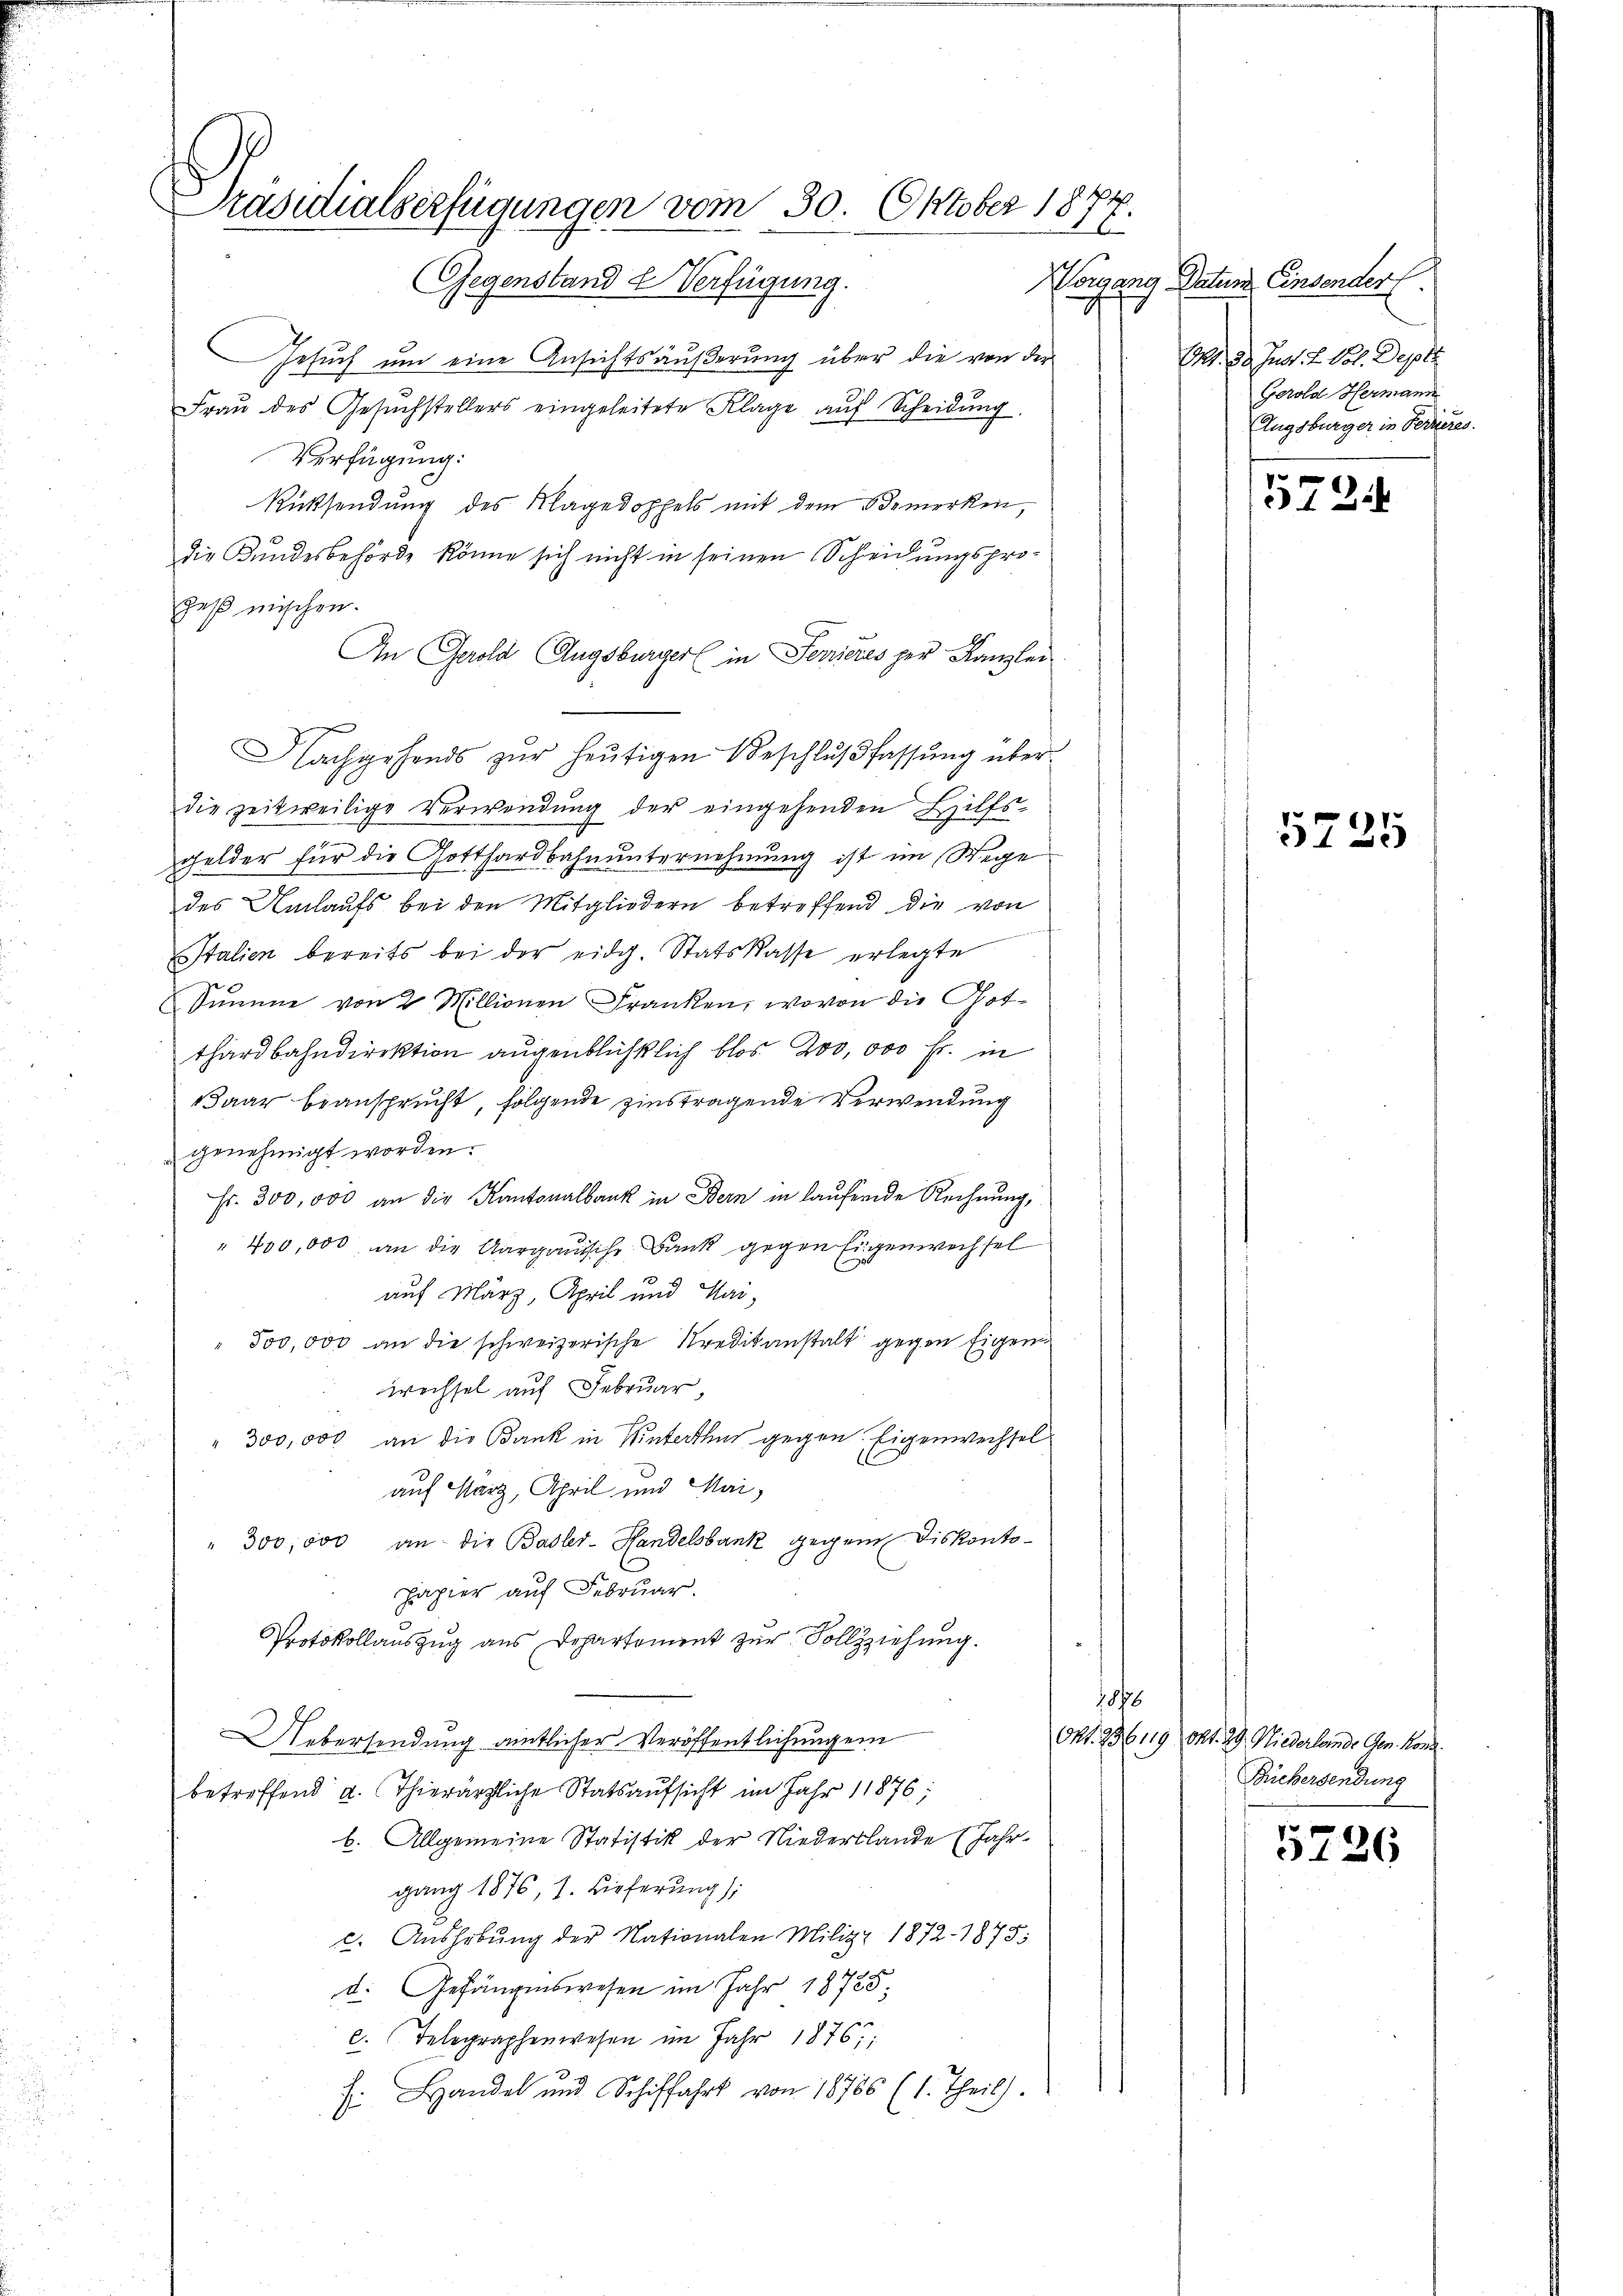
Präsidialserfügungen vom 30. Oktober 18
16
Gegenstand & Verfügung.

Gesuch um eine Ansichtsäußerung über die von der
Frau des Gesuchstellers eingeleitete Klage auf Scheidung
Verfügung:
Rücksendung des Klagedoppels mit dem Bemerken,
die Kundesbehörde könne sich nicht in seinen Scheidungsprogeß mischen.
An Gerold Augsburger in Ferieres per Kanzlei
Nachgehends zur heŭtigen Beschlŭβ fassung über-
die zeitweilige Verwendung der eingehenden Hilfs¬
Gelder für die Gotthardbahnunternehmung ist im Wege
des Umlaufs bei den Mitgliedern betreffend die von
Italien bereits bei der eidg. Statskasse erlegte
Summe von 2 Millionen Franken, wovon die Hotthardbahndirektion augenblichtlich blos 200,000 Fr. in
Baar beansprucht, folgende zinstragende Verwendung
genehmigt worden.
Fr. 300,000 an die Kantonalbank in Bern in laufende Rechnung,
" 400,000 an die Aargauische Bank gegen Eigenwechsel
auf März, April und Mar¬
500,000 an die schweizerische Kreditanstalt gegen Eigen
wechsel auf Februar
" 300,000 an die Bank in Winterthur gegen Eigenwechsel
auf Harz, April und Mai¬
" 300,000 an die Basler-Handelsbank gegen Diskontopapier auf Februar.
Protokollauszug aus Departement zur Vollziehung.
t
Uebersendung amtlicher Veröffentlichung ein
betreffend u. Thierärztliche Statsaufsicht im Jahr 11876;
b. Allgemeine Statistik der Niederblände (Jahr
gang 1876, 1. Lieferung),
c. Aushebung der Nationalen Milizz 1872. 1875
d. Gefängenswesen im Jahr 18785
e. Telegraphenwesen im Jahr 1876.
f. Handel und Schiffahrt von 18786 (1. Theil).

Worgang Datum Einsender.
Mt. 22. Jun. L. Pot. Deper.
Gerold Hermann
Augsburger in Ferieres.

5724

5725

Ort. 936119 Okt. 29. Niederlander Gen. Kon
Bichersendung

5236